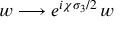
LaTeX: w \longrightarrow e ^ { i \chi \sigma _ { 3 } / 2 } \, w